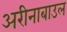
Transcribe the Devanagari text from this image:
अरीनाबाउल